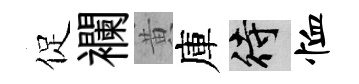
促襴黄庫待恤